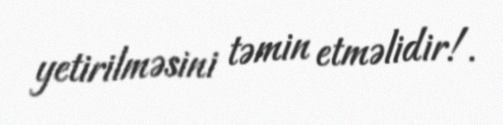
yetirilməsini təmin etməlidir!.